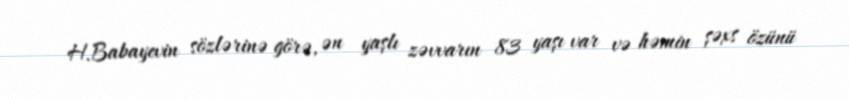
H.Babayevin sözlərinə görə, ən yaşlı zəvvarın 83 yaşı var və həmin şəxs özünü